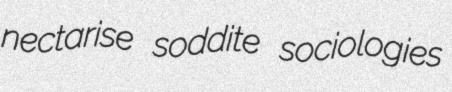
nectarise soddite sociologies